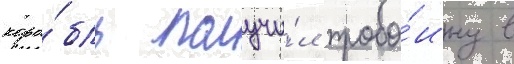
кора́бль получи́л пробо́ину в